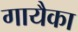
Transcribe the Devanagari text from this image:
गायैका